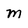
Character: m